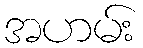
အဟမ်း